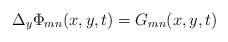
LaTeX: \begin{align*} \Delta_y \Phi_{mn}(x,y,t)=G_{mn}(x,y,t)\end{align*}